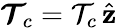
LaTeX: \boldsymbol{{\mathcal T}}\! _{c}={\mathcal T}_{c}\, \hat{\mathbf{z}}